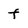
Character: f